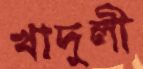
খাদুলী